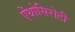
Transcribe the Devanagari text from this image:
ऐंथोसिरोटी